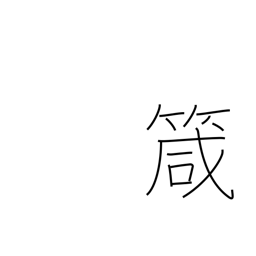
Meaning: needle